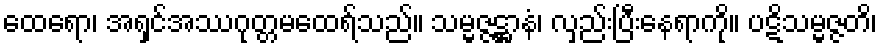
ထေရော၊ အရှင်အဿဂုတ္တမထေရ်သည်။ သမ္မဇ္ဇဋ္ဌာနံ၊ လှည်းပြီးနေရာကို။ ပဋိသမ္မဇ္ဇတိ၊